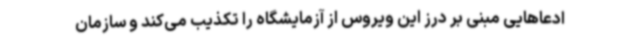
ادعاهایی مبنی بر درز این ویروس از آزمایشگاه را تکذیب می‌کند و سازمان